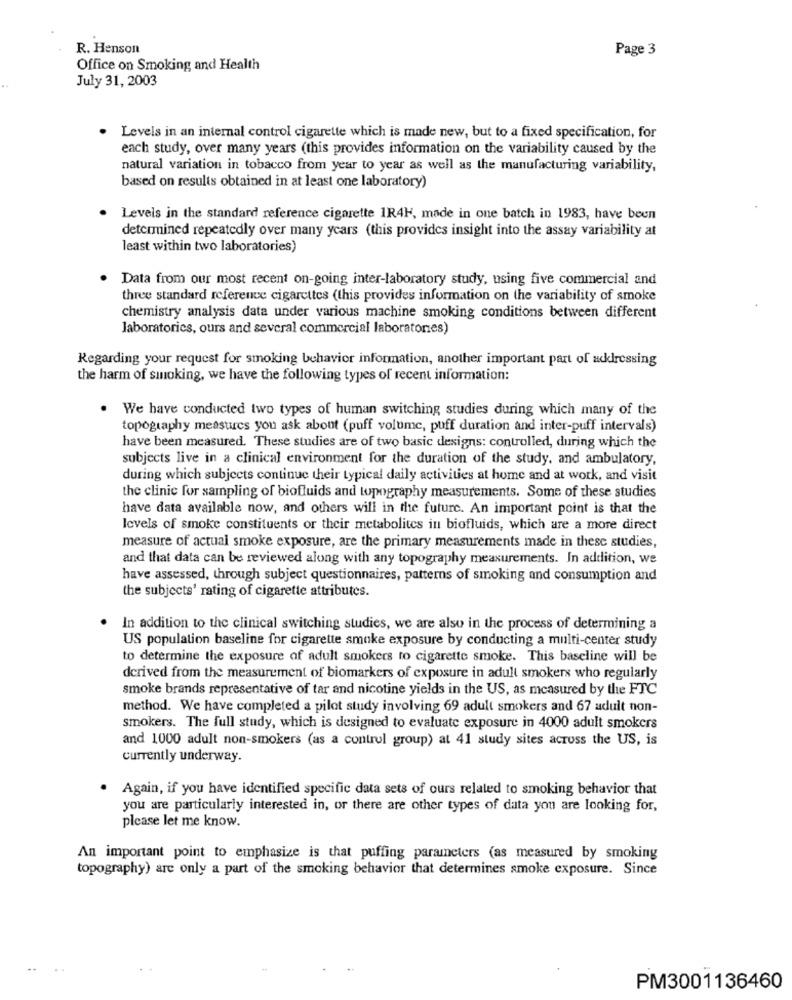
R. Henson
Page 3
Office on Smoking and Health
July 31, 2003
Levels in an internal control cigarette which is made new, but to a fixed specification, for
each study, over many years (this provides information on the variability caused by the
natural variation in tobacco from year to year as well as the manufacturing variability,
based on results obtained in at least one laboratory)
Levels in the standard reference cigarette 1R4H, made in one batch in 1983, have been
determined repeatedly over many years (this provides insight into the assay variability at
least within two laboratories)
Data from our most recent on-going inter-laboratory study, using five commercial and
three standard reference cigarettes (this provides information on the variability of smoke
chemistry analysis data under various machine smoking conditions between different
laboratories, ours and several commercial laboratories)
Regarding your request for smoking behavior information, another important part of addressing
the harm of smoking, we have the following types of recent information:
We have conducted two types of human switching studies during which many of the
topography measures you ask about (puff volume, puff duration and inter-puff intervals)
have been measured. These studies are of two basic designs: controlled, during which the
subjects live in a clinical environment for the duration of the study, and ambulatory,
during which subjects continue their typical daily activities at home and at work, and visit
the clinic for sampling of biofluids and topography measurements. Some of these studies
have data available now, and others will in the future. An important point is that the
levels of smoke constituents or their metabolites in biofluids, which are a more direct
measure of actual smoke exposure, are the primary measurements made in these studies,
and that data can be reviewed along with any topography measurements. In addition, we
have assessed, through subject questionnaires, patterns of smoking and consumption and
the subjects' rating of cigarette attributes.
In addition to the clinical switching studies, we are also in the process of determining a
US population baseline for cigarette smoke exposure by conducting a multi-center study
to determine the exposure of adult smokers to cigarette smoke. This baseline will be
derived from the measurement of biomarkers of exposure in adult smokers who regularly
smoke brands representative of tar and nicotine yields in the US, as measured by the FTC
method. We have completed a pilot study involving 69 adult smokers and 67 adult non-
smokers. The full study, which is designed to evaluate exposure in 4000 adult smokers
and 1000 adult non-smokers (as a control group) at 41 study sites across the US, is
currently underway.
Again, if you have identified specific data sets of ours related to smoking behavior that
you are particularly interested in, or there are other types of data you are looking for,
please let me know.
An important point to emphasize is that puffing parameters (as measured by smoking
topography) are only a part of the smoking behavior that determines smoke exposure. Since
..
PM3001136460